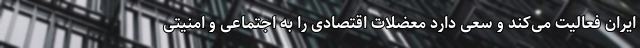
ایران فعالیت می‌کند و سعی دارد معضلات اقتصادی را به اجتماعی و امنیتی